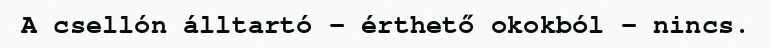
A csellón álltartó – érthető okokból – nincs.